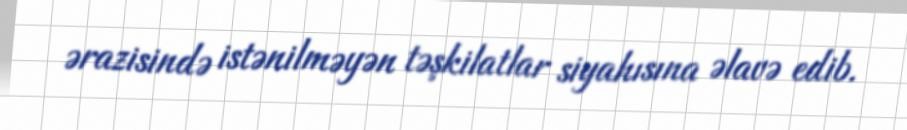
ərazisində istənilməyən təşkilatlar siyahısına əlavə edib.